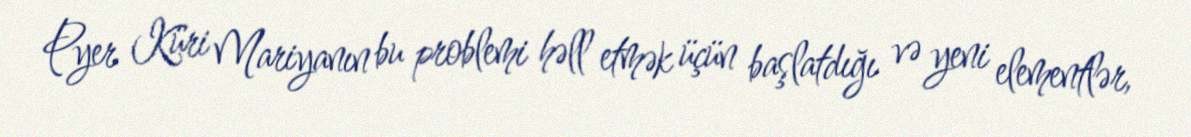
Pyer Küri Mariyanın bu problemi həll etmək üçün başlatdığı və yeni elementlər,